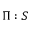
\Pi : S